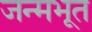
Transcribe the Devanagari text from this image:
जन्मभूत